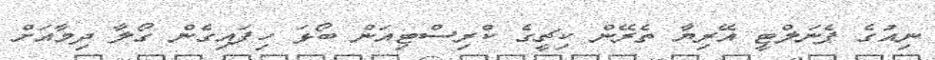
ނިއުގެ ޕެނަލްޓީ އޭރިޔާ ތެރޭން ކިޗީގެ ކްރިސްޓިއަން ބޯޅަ ހިފައިގެން ގޯލާ ދިމާއަށް